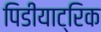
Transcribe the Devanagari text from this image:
पिडीयाट्रिक